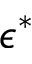
\epsilon ^ { * }